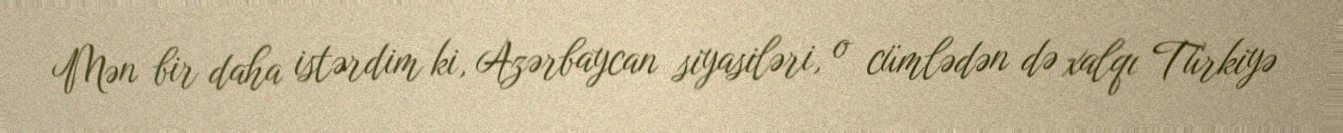
Mən bir daha istərdim ki, Azərbaycan siyasiləri, o cümlədən də xalqı Türkiyə